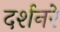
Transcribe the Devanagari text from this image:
दर्शनरे